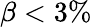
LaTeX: \beta<3\%